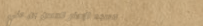
مسجد الإمام الحسن بن علي